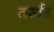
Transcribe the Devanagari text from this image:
तर्खड